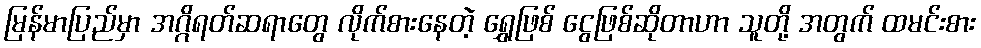
မြန်မာပြည်မှာ အဂ္ဂိရတ်ဆရာတွေ လိုက်စားနေတဲ့ ရွှေဖြစ် ငွေဖြစ်ဆိုတာဟာ သူတို့ အတွက် ထမင်းစား